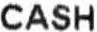
CASH